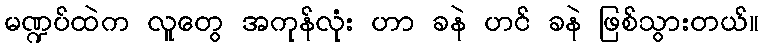
မဏ္ဍပ်ထဲက လူတွေ အကုန်လုံး ဟာ ခနဲ ဟင် ခနဲ ဖြစ်သွားတယ်။